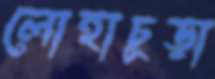
লোহাচূড়া